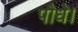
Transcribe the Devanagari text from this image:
पौधे।